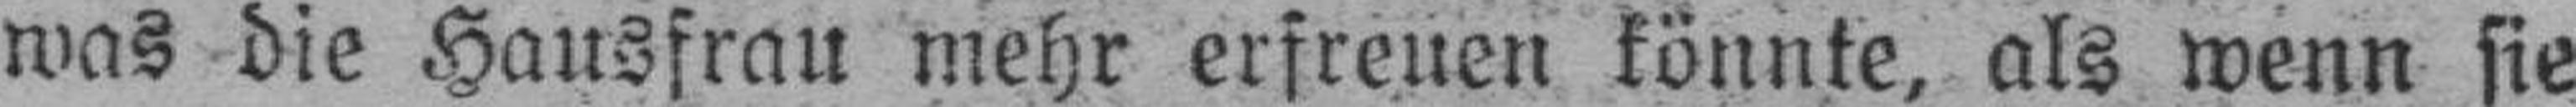
was die Hausfrau mehr erfreuen könnte, als wenn sie